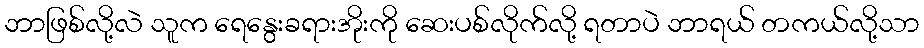
ဘာဖြစ်လို့လဲ သူက ရေနွေးခရားအိုးကို ဆေးပစ်လိုက်လို့ ရတာပဲ ဘာရယ် တကယ်လို့သာ